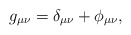
\begin{align*}g_{\mu \nu }=\delta _{\mu \nu }+\phi _{\mu \nu },\end{align*}